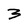
Character: 3